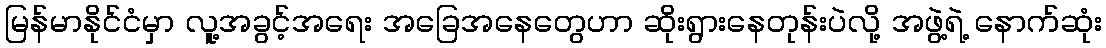
မြန်မာနိုင်ငံမှာ လူ့အခွင့်အရေး အခြေအနေတွေဟာ ဆိုးရွားနေတုန်းပဲလို့ အဖွဲ့ရဲ့ နောက်ဆုံး